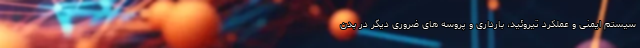
سیستم ایمنی و عملکرد تیروئید، بارداری و پروسه های ضروری دیگر در بدن